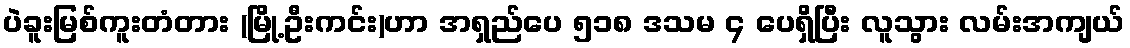
ပဲခူးမြစ်ကူးတံတား (မြို့ဦးကင်း)ဟာ အရှည်ပေ ၅၁၈ ဒသမ ၄ ပေရှိပြီး လူသွား လမ်းအကျယ်